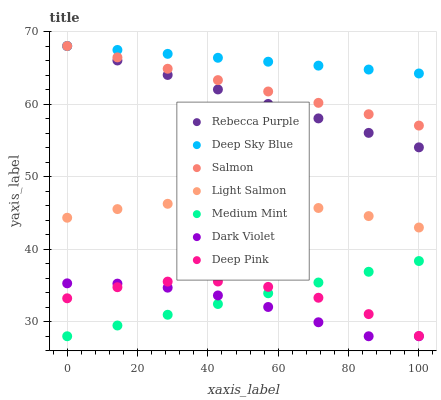
| xaxis_label | Rebecca Purple | Deep Sky Blue | Salmon | Light Salmon | Medium Mint | Dark Violet | Deep Pink |
 | --- | --- | --- | --- | --- | --- | --- | --- |
 | 0 | 68 | 68 | 68 | 44.3 | 28 | 35.3 | 33.2 |
 | 14.3 | 66 | 67.5 | 66.4 | 45.5 | 29.5 | 35.3 | 34.8 |
 | 28.6 | 64 | 66.9 | 64.9 | 46.3 | 31 | 34.7 | 35.5 |
 | 42.9 | 62 | 66.4 | 63.3 | 46.5 | 32.4 | 33.6 | 35.5 |
 | 57.1 | 60 | 65.8 | 61.7 | 46.3 | 33.9 | 32 | 34.8 |
 | 71.4 | 58 | 65.3 | 60.2 | 45.7 | 35.4 | 29.9 | 33.3 |
 | 85.7 | 56 | 64.8 | 58.6 | 44.6 | 36.9 | 28 | 31.1 |
 | 100 | 54 | 64.2 | 57 | 43 | 38.4 | 28 | 28 |